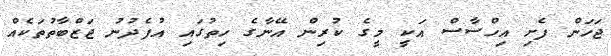
ޖަހަން ފެށި އިހްސާސް އަކީ މީގެ ކުރިން އޭނާގެ ހިތުގައި އުފެދުނު ޖަޒްބާތުތަކެއް